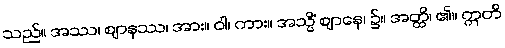
သည်။ အဿ၊ ဈာနဿ၊ အား။ ဝါ၊ ကား။ အသ္မိံ ဈာနေ၊ ၌။ အတ္ထိ၊ ၏။ ဣတိ